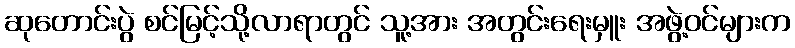
ဆုတောင်းပွဲ စင်မြင့်သို့လာရာတွင် သူ့အား အတွင်းရေးမှူး အဖွဲ့ဝင်များက